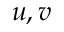
u , v